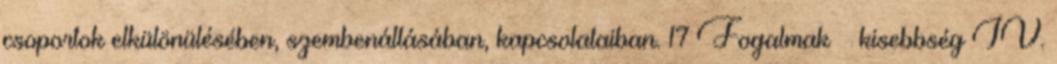
csoportok elkülönülésében, szembenállásában, kapcsolataiban. 17 Fogalmak – kisebbség IV.